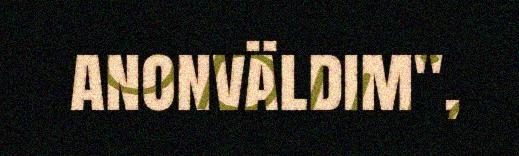
anonväldim",